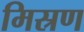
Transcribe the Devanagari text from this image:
मिस्रण